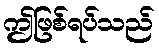
ဤဖြစ်ရပ်သည်